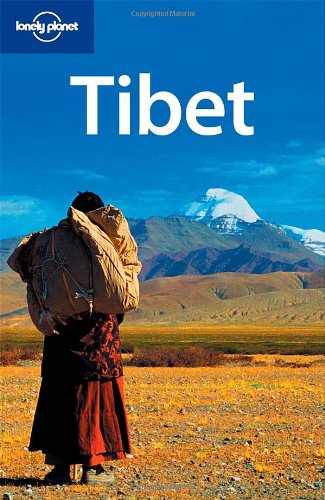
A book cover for Tibet (Lonely Planet Country Guide); Bradley Mayhew; Travel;